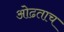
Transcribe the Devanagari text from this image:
ओढताच